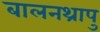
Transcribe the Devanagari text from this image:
बालनथ्रापु